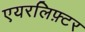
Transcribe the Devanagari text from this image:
एयरलिफ़्टर